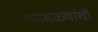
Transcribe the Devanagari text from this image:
फासळ्यांची